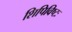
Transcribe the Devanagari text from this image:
शिपिविष्टः